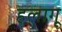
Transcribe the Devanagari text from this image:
हलागू